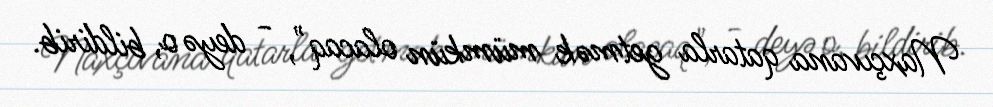
Naxçıvana qatarla getmək mümkün olacaq", - deyə o, bildirib.